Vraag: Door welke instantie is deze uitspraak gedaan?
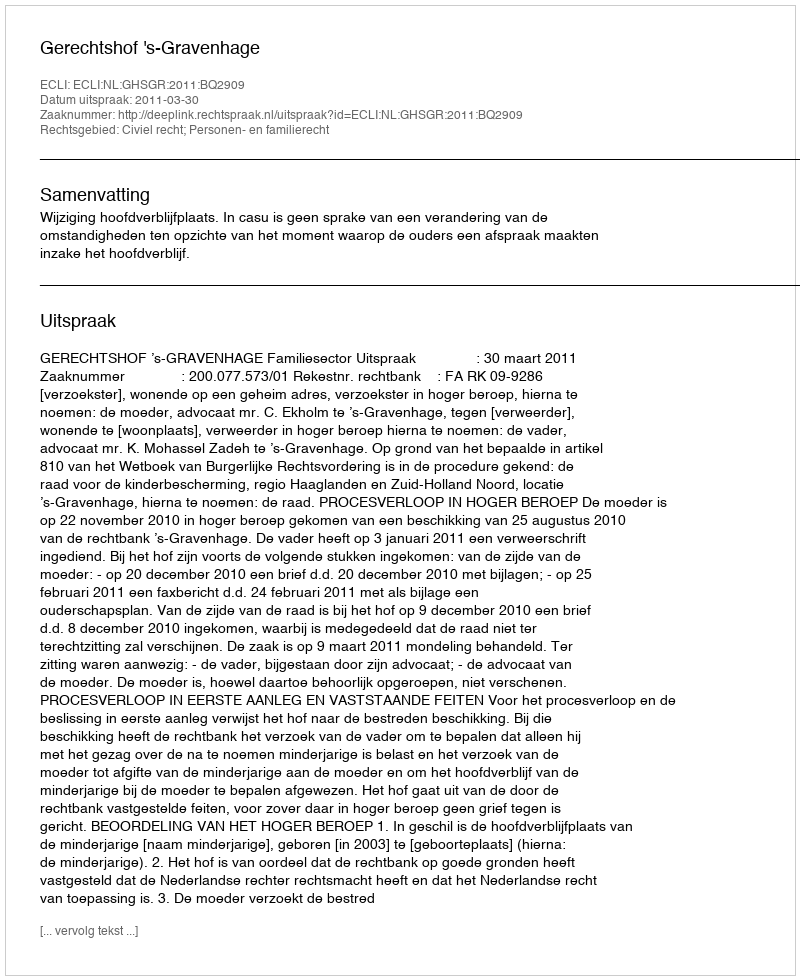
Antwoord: Gerechtshof 's-Gravenhage